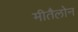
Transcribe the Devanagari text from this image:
मीतैलोन